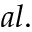
a l .